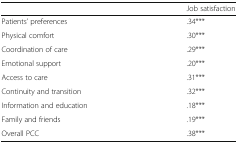
<table><thead><tr><td></td><td><b>Job satisfaction</b></td></tr></thead><tbody><tr><td>Patients’ preferences</td><td>.34***</td></tr><tr><td>Physical comfort</td><td>.30***</td></tr><tr><td>Coordination of care</td><td>.29***</td></tr><tr><td>Emotional support</td><td>.20***</td></tr><tr><td>Access to care</td><td>.31***</td></tr><tr><td>Continuity and transition</td><td>.32***</td></tr><tr><td>Information and education</td><td>.18***</td></tr><tr><td>Family and friends</td><td>.19***</td></tr><tr><td>Overall PCC</td><td>.38***</td></tr></tbody></table>